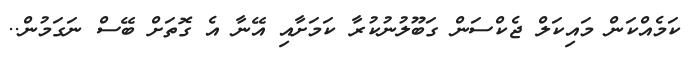
ކަމެއްކަން މައިކަލް ޖެކްސަން ގަބޫލުނުކުރާ ކަމަށާއި އޭނާ އެ ގޮތަށް ބޭސް ނަގަމުން..